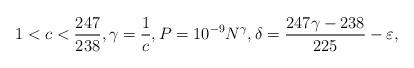
LaTeX: \begin{align*}1<c<\frac{247}{238}, \gamma=\frac{1}{c}, P=10^{-9} N^{\gamma}, \delta=\frac{247 \gamma-238}{225}-\varepsilon,\end{align*}